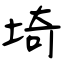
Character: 埼